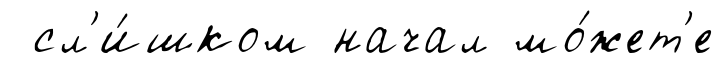
сл'и́шком начал мо́жет'е